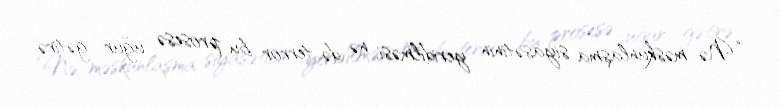
“Nə məskunlaşma siyasətinin yeridilməsi, nə də terror bu prosesə uğur gətirə